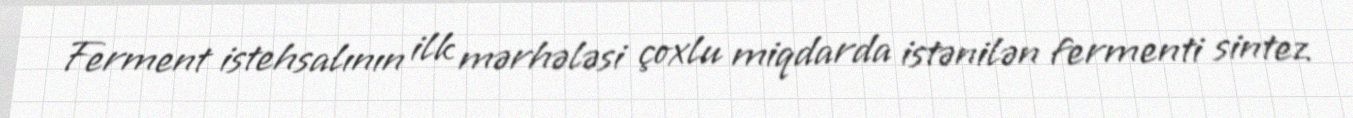
Ferment istehsalının ilk mərhələsi çoxlu miqdarda istənilən fermenti sintez